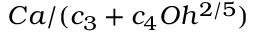
C a / ( c _ { 3 } + c _ { 4 } O h ^ { 2 / 5 } )